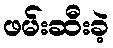
ဖမ်းဆီးခဲ့